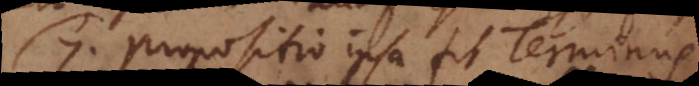
7. Propoio ipsa fit Terminu